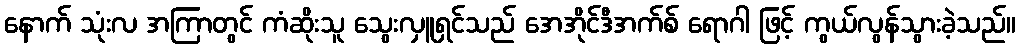
နောက် သုံးလ အကြာတွင် ကံဆိုးသူ သွေးလှူရှင်သည် အေအိုင်ဒီအက်စ် ရောဂါ ဖြင့် ကွယ်လွန်သွားခဲ့သည်။